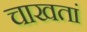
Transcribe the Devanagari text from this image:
चाखतां